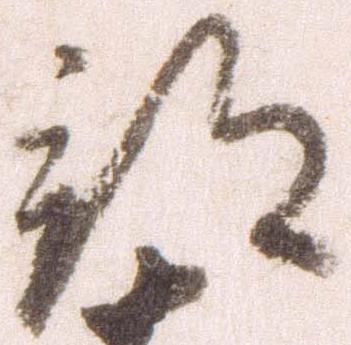
部